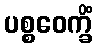
ပစ္စဝေက္ခိံ